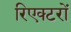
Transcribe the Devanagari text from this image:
रिएक्‍टरों